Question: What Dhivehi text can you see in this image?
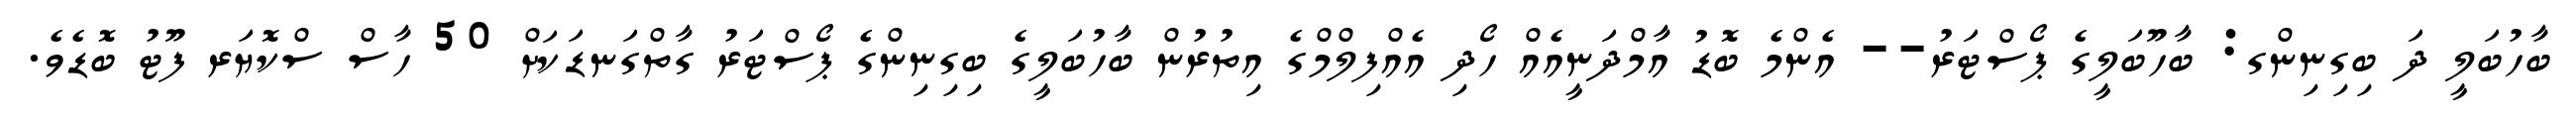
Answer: ބާހުބަލީ ދަ ބިގިނިންގ: ބާހޫބަލީގެ ޕޯސްޓަރު-- އެންމެ ބޮޑު އާމްދަނީއެއް ހޯދި އެއްފިލްމްގެ އިތުރުން ބާހުބަލީގެ ބިގިނިންގެ ޕޯސްޓަރު ގާތްގަނޑަކަށް 50 ހާސް ސްކޮޔަރ ފޫޓު ބޮޑެވެ.